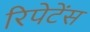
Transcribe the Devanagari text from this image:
रिपेटेंस